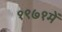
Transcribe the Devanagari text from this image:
१९७१में